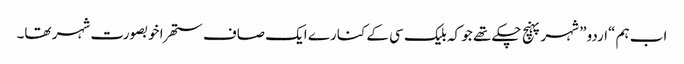
اب ہم “اردو” شہر پہنچ چکے تھے جو کہ بلیک سی کے کنارے ایک صاف ستھرا خوبصورت شہر تھا۔